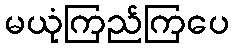
မယုံကြည်ကြပေ